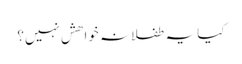
کیا یہ طفلانہ خواھش نہیں؟